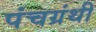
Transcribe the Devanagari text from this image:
पंचग्रंथी